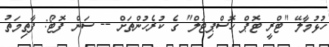
ހުޅުމާލޭ "ޓްރީ ޓޮޕް ހޮސްޕިޓަލް" ގެ ކުރެހުންތަށް -- ސަން ފޮޓޯ: ފާތިމަތު